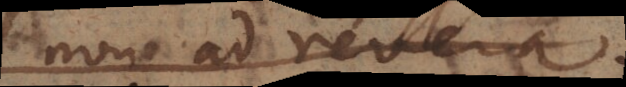
non ad revera,